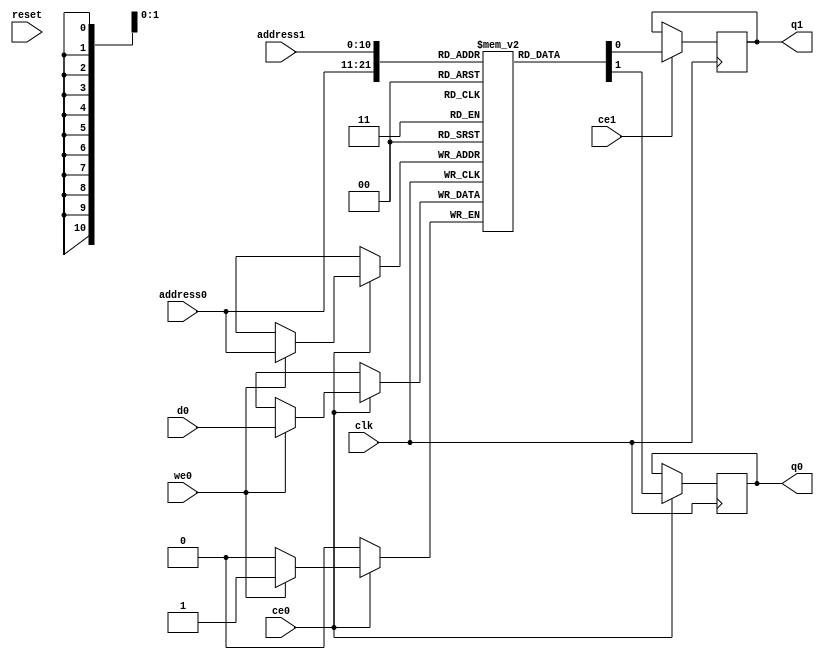
// ==============================================================
// Vitis HLS - High-Level Synthesis from C, C++ and OpenCL v2022.2 (64-bit)
// Version: 2022.2
// Copyright 1986-2022 Xilinx, Inc. All Rights Reserved.
// ==============================================================
`timescale 1 ns / 1 ps
module top_tx_mods_input3_buff_V_RAM_AUTO_1R1W (
     
    address0, ce0,
    d0, we0, 
    q0, 
      
    address1, ce1,
    
    q1, 
     
    reset, clk);

parameter DataWidth = 1;
parameter AddressWidth = 11;
parameter AddressRange = 1200;
 
input[AddressWidth-1:0] address0;
input ce0;
input[DataWidth-1:0] d0;
input we0; 
output reg[DataWidth-1:0] q0; 
 
input[AddressWidth-1:0] address1;
input ce1;

output reg[DataWidth-1:0] q1; 

input reset;
input clk;

(* ram_style = "auto"  *)reg [DataWidth-1:0] ram[0:AddressRange-1];


 





//read first
always @(posedge clk)  
begin 
    if (ce0) begin
        if (we0) 
            ram[address0] <= d0; 
        q0 <= ram[address0];

    end
end 
 
  



always @(posedge clk) 
begin 
    if (ce1) begin
        q1 <= ram[address1];
    end
end 

 
 

endmodule